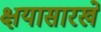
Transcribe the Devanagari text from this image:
क्षयासारखे